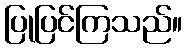
ပြုပြင်ကြသည်။